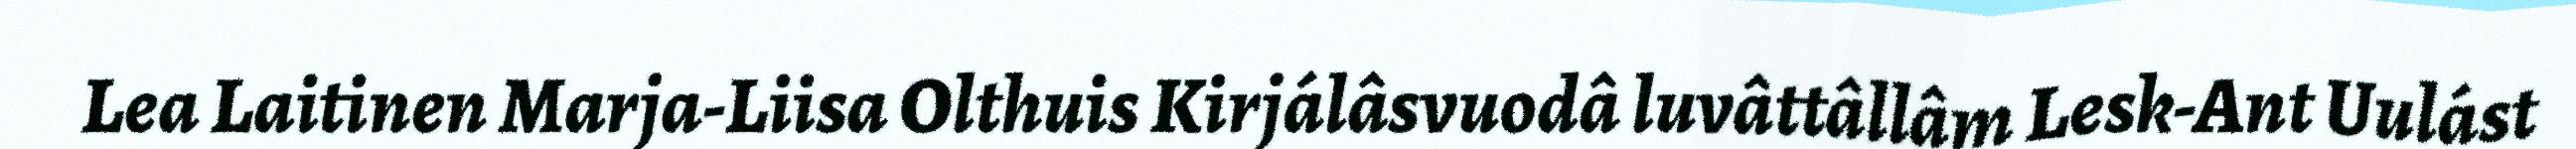
Lea Laitinen Marja-Liisa Olthuis Kirjálâsvuodâ luvâttâllâm Lesk-Ant Uulást